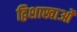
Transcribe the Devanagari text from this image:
द्विशाखाओं